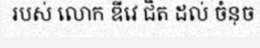
របស់ លោក ឌីវេ ជិត ដល់ ចំនុច